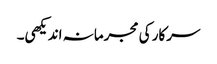
سرکار کی مجرمانہ اندیکھی۔